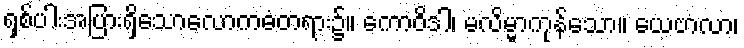
ရှစ်ပါးအပြားရှိသောလောကဓံတရား၌။ ကောဝိဒါ၊ မလိမ္မာကုန်သော။ ယေဗာလာ၊